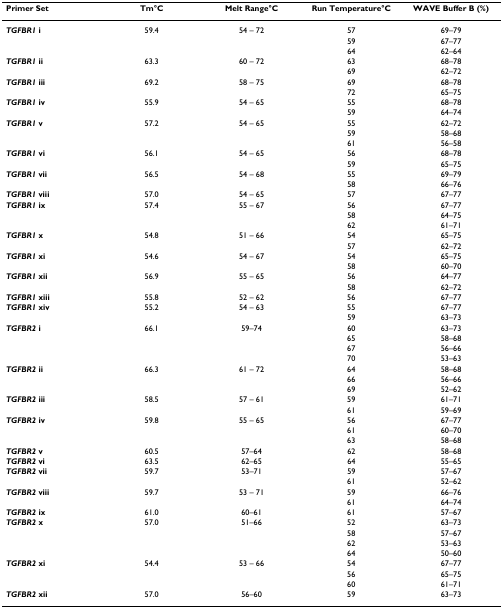
<table><thead><tr><td><b>Primer Set</b></td><td><b>Tm°C</b></td><td><b>Melt Range°C</b></td><td><b>Run Temperature°C</b></td><td><b>WAVE Buffer B (%)</b></td></tr></thead><tbody><tr><td><b><i>TGFBR1 </i>i</b></td><td>59.4</td><td>54 – 72</td><td>57</td><td>69–79</td></tr><tr><td></td><td></td><td></td><td>59</td><td>67–77</td></tr><tr><td></td><td></td><td></td><td>64</td><td>62–64</td></tr><tr><td><b><i>TGFBR1 </i>ii</b></td><td>63.3</td><td>60 – 72</td><td>63</td><td>68–78</td></tr><tr><td></td><td></td><td></td><td>69</td><td>62–72</td></tr><tr><td><b><i>TGFBR1 </i>iii</b></td><td>69.2</td><td>58 – 75</td><td>69</td><td>68–78</td></tr><tr><td></td><td></td><td></td><td>72</td><td>65–75</td></tr><tr><td><b><i>TGFBR1 </i>iv</b></td><td>55.9</td><td>54 – 65</td><td>55</td><td>68–78</td></tr><tr><td></td><td></td><td></td><td>59</td><td>64–74</td></tr><tr><td><b><i>TGFBR1 </i>v</b></td><td>57.2</td><td>54 – 65</td><td>55</td><td>62–72</td></tr><tr><td></td><td></td><td></td><td>59</td><td>58–68</td></tr><tr><td></td><td></td><td></td><td>61</td><td>56–58</td></tr><tr><td><b><i>TGFBR1 </i>vi</b></td><td>56.1</td><td>54 – 65</td><td>56</td><td>68–78</td></tr><tr><td></td><td></td><td></td><td>59</td><td>65–75</td></tr><tr><td><b><i>TGFBR1 </i>vii</b></td><td>56.5</td><td>54 – 68</td><td>55</td><td>69–79</td></tr><tr><td></td><td></td><td></td><td>58</td><td>66–76</td></tr><tr><td><b><i>TGFBR1 </i>viii</b></td><td>57.0</td><td>54 – 65</td><td>57</td><td>67–77</td></tr><tr><td><b><i>TGFBR1 </i>ix</b></td><td>57.4</td><td>55 – 67</td><td>56</td><td>67–77</td></tr><tr><td></td><td></td><td></td><td>58</td><td>64–75</td></tr><tr><td></td><td></td><td></td><td>62</td><td>61–71</td></tr><tr><td><b><i>TGFBR1 </i>x</b></td><td>54.8</td><td>51 – 66</td><td>54</td><td>65–75</td></tr><tr><td></td><td></td><td></td><td>57</td><td>62–72</td></tr><tr><td><b><i>TGFBR1 </i>xi</b></td><td>54.6</td><td>54 – 67</td><td>54</td><td>65–75</td></tr><tr><td></td><td></td><td></td><td>58</td><td>60–70</td></tr><tr><td><b><i>TGFBR1 </i>xii</b></td><td>56.9</td><td>55 – 65</td><td>56</td><td>64–77</td></tr><tr><td></td><td></td><td></td><td>58</td><td>62–72</td></tr><tr><td><b><i>TGFBR1 </i>xiii</b></td><td>55.8</td><td>52 – 62</td><td>56</td><td>67–77</td></tr><tr><td><b><i>TGFBR1 </i>xiv</b></td><td>55.2</td><td>54 – 63</td><td>55</td><td>67–77</td></tr><tr><td></td><td></td><td></td><td>59</td><td>63–73</td></tr><tr><td><b><i>TGFBR2 </i>i</b></td><td>66.1</td><td>59–74</td><td>60</td><td>63–73</td></tr><tr><td></td><td></td><td></td><td>65</td><td>58–68</td></tr><tr><td></td><td></td><td></td><td>67</td><td>56–66</td></tr><tr><td></td><td></td><td></td><td>70</td><td>53–63</td></tr><tr><td><b><i>TGFBR2 </i>ii</b></td><td>66.3</td><td>61 – 72</td><td>64</td><td>58–68</td></tr><tr><td></td><td></td><td></td><td>66</td><td>56–66</td></tr><tr><td></td><td></td><td></td><td>69</td><td>52–62</td></tr><tr><td><b><i>TGFBR2 </i>iii</b></td><td>58.5</td><td>57 – 61</td><td>59</td><td>61–71</td></tr><tr><td></td><td></td><td></td><td>61</td><td>59–69</td></tr><tr><td><b><i>TGFBR2 </i>iv</b></td><td>59.8</td><td>55 – 65</td><td>56</td><td>67–77</td></tr><tr><td></td><td></td><td></td><td>61</td><td>60–70</td></tr><tr><td></td><td></td><td></td><td>63</td><td>58–68</td></tr><tr><td><b><i>TGFBR2 </i>v</b></td><td>60.5</td><td>57–64</td><td>62</td><td>58–68</td></tr><tr><td><b><i>TGFBR2 </i>vi</b></td><td>63.5</td><td>62–65</td><td>64</td><td>55–65</td></tr><tr><td><b><i>TGFBR2 </i>vii</b></td><td>59.7</td><td>53–71</td><td>59</td><td>57–67</td></tr><tr><td></td><td></td><td></td><td>61</td><td>52–62</td></tr><tr><td><b><i>TGFBR2 </i>viii</b></td><td>59.7</td><td>53 – 71</td><td>59</td><td>66–76</td></tr><tr><td></td><td></td><td></td><td>61</td><td>64–74</td></tr><tr><td><b><i>TGFBR2 </i>ix</b></td><td>61.0</td><td>60–61</td><td>61</td><td>57–67</td></tr><tr><td><b><i>TGFBR2 </i>x</b></td><td>57.0</td><td>51–66</td><td>52</td><td>63–73</td></tr><tr><td></td><td></td><td></td><td>58</td><td>57–67</td></tr><tr><td></td><td></td><td></td><td>62</td><td>53–63</td></tr><tr><td></td><td></td><td></td><td>64</td><td>50–60</td></tr><tr><td><b><i>TGFBR2 </i>xi</b></td><td>54.4</td><td>53 – 66</td><td>54</td><td>67–77</td></tr><tr><td></td><td></td><td></td><td>56</td><td>65–75</td></tr><tr><td></td><td></td><td></td><td>60</td><td>61–71</td></tr><tr><td><b><i>TGFBR2 </i>xii</b></td><td>57.0</td><td>56–60</td><td>59</td><td>63–73</td></tr></tbody></table>